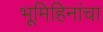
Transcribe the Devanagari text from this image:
भूमिहिनांचा